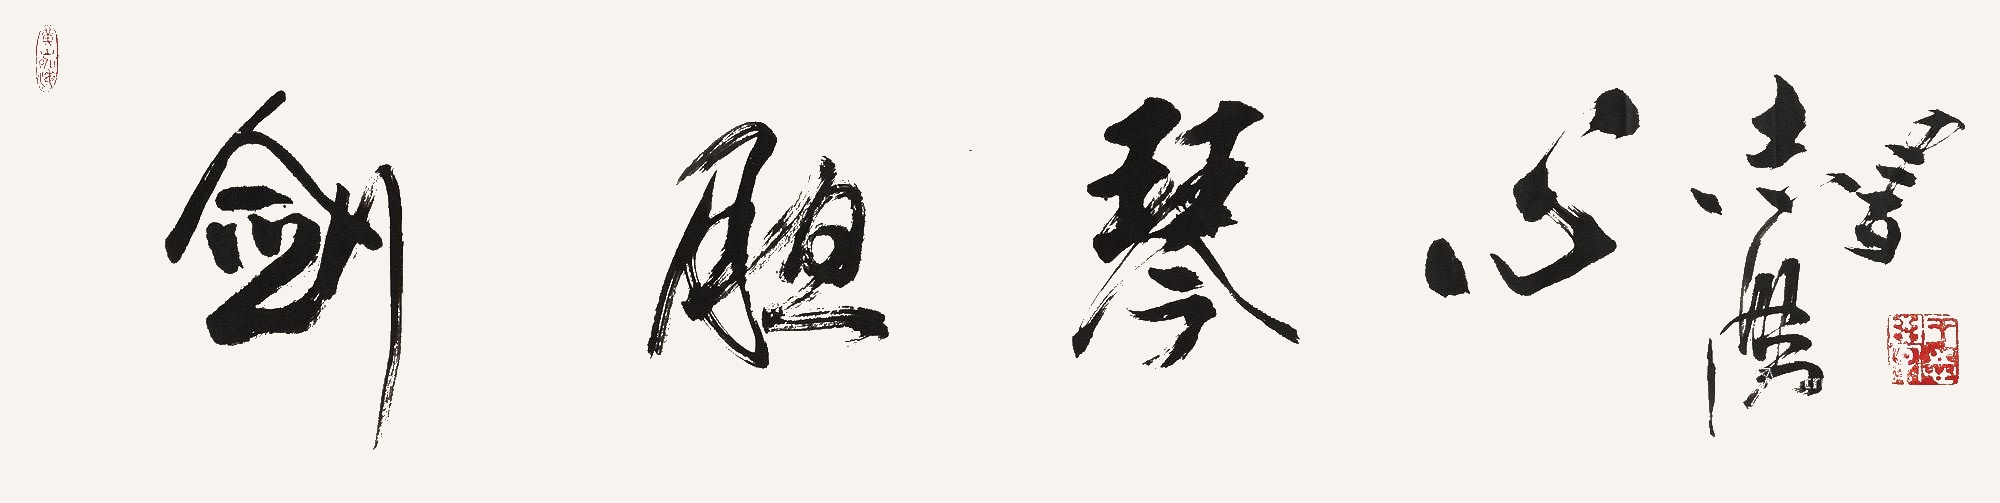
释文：剑胆琴心志学书。